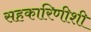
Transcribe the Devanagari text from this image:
सहकारिणीशी